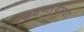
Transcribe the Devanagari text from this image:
चढणार्‍याचा